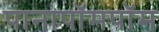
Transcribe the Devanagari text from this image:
पानापॉमपॉम